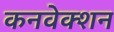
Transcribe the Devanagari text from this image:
कनवेक्शन